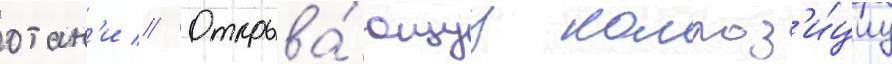
отан'и // Открыва́ющуу композ'и́циу